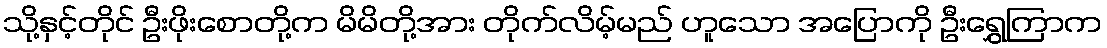
သို့နှင့်တိုင် ဦးဖိုးစောတို့က မိမိတို့အား တိုက်လိမ့်မည် ဟူသော အပြောကို ဦးရွှေကြာက